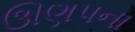
ઊણપના